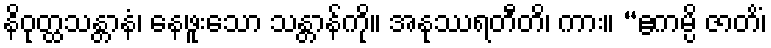
နိဝုတ္ထသန္တာနံ၊ နေဖူးသော သန္တာန်ကို။ အနုဿရတီတိ၊ ကား။ “ဧကမ္ပိ ဇာတိံ၊